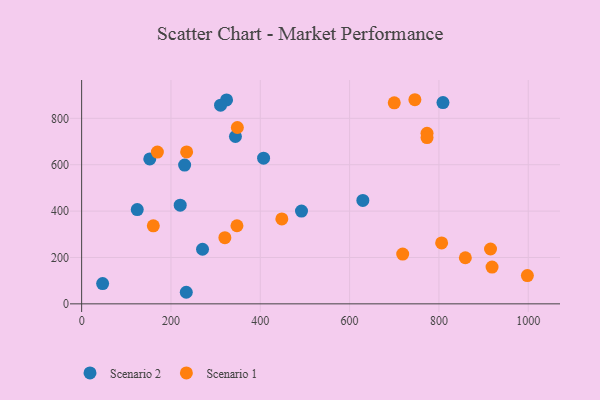
{"axis": {"x": "Price", "y": "Fuel Efficiency"}, "legend": ["Scenario 1", "Scenario 2"], "data": [{"x": "324.5", "y": 879.5, "type": "Scenario 2"}, {"x": "809.1", "y": 867.7, "type": "Scenario 2"}, {"x": "234.3", "y": 49.9, "type": "Scenario 2"}, {"x": "407.4", "y": 628.2, "type": "Scenario 2"}, {"x": "344.4", "y": 721.6, "type": "Scenario 2"}, {"x": "230.6", "y": 598.6, "type": "Scenario 2"}, {"x": "270.7", "y": 235.5, "type": "Scenario 2"}, {"x": "492.3", "y": 400.0, "type": "Scenario 2"}, {"x": "124.5", "y": 406.7, "type": "Scenario 2"}, {"x": "47.0", "y": 87.6, "type": "Scenario 2"}, {"x": "629.7", "y": 446.1, "type": "Scenario 2"}, {"x": "220.7", "y": 425.5, "type": "Scenario 2"}, {"x": "311.1", "y": 856.5, "type": "Scenario 2"}, {"x": "152.6", "y": 625.1, "type": "Scenario 2"}, {"x": "169.6", "y": 654.5, "type": "Scenario 1"}, {"x": "448.3", "y": 366.3, "type": "Scenario 1"}, {"x": "919.0", "y": 158.5, "type": "Scenario 1"}, {"x": "773.4", "y": 735.7, "type": "Scenario 1"}, {"x": "998.1", "y": 121.8, "type": "Scenario 1"}, {"x": "746.2", "y": 880.2, "type": "Scenario 1"}, {"x": "773.4", "y": 716.8, "type": "Scenario 1"}, {"x": "915.6", "y": 236.6, "type": "Scenario 1"}, {"x": "235.1", "y": 654.9, "type": "Scenario 1"}, {"x": "806.1", "y": 262.7, "type": "Scenario 1"}, {"x": "160.5", "y": 336.5, "type": "Scenario 1"}, {"x": "320.7", "y": 285.4, "type": "Scenario 1"}, {"x": "348.7", "y": 760.4, "type": "Scenario 1"}, {"x": "700.0", "y": 866.9, "type": "Scenario 1"}, {"x": "859.2", "y": 198.8, "type": "Scenario 1"}, {"x": "718.9", "y": 214.7, "type": "Scenario 1"}, {"x": "347.8", "y": 336.8, "type": "Scenario 1"}]}